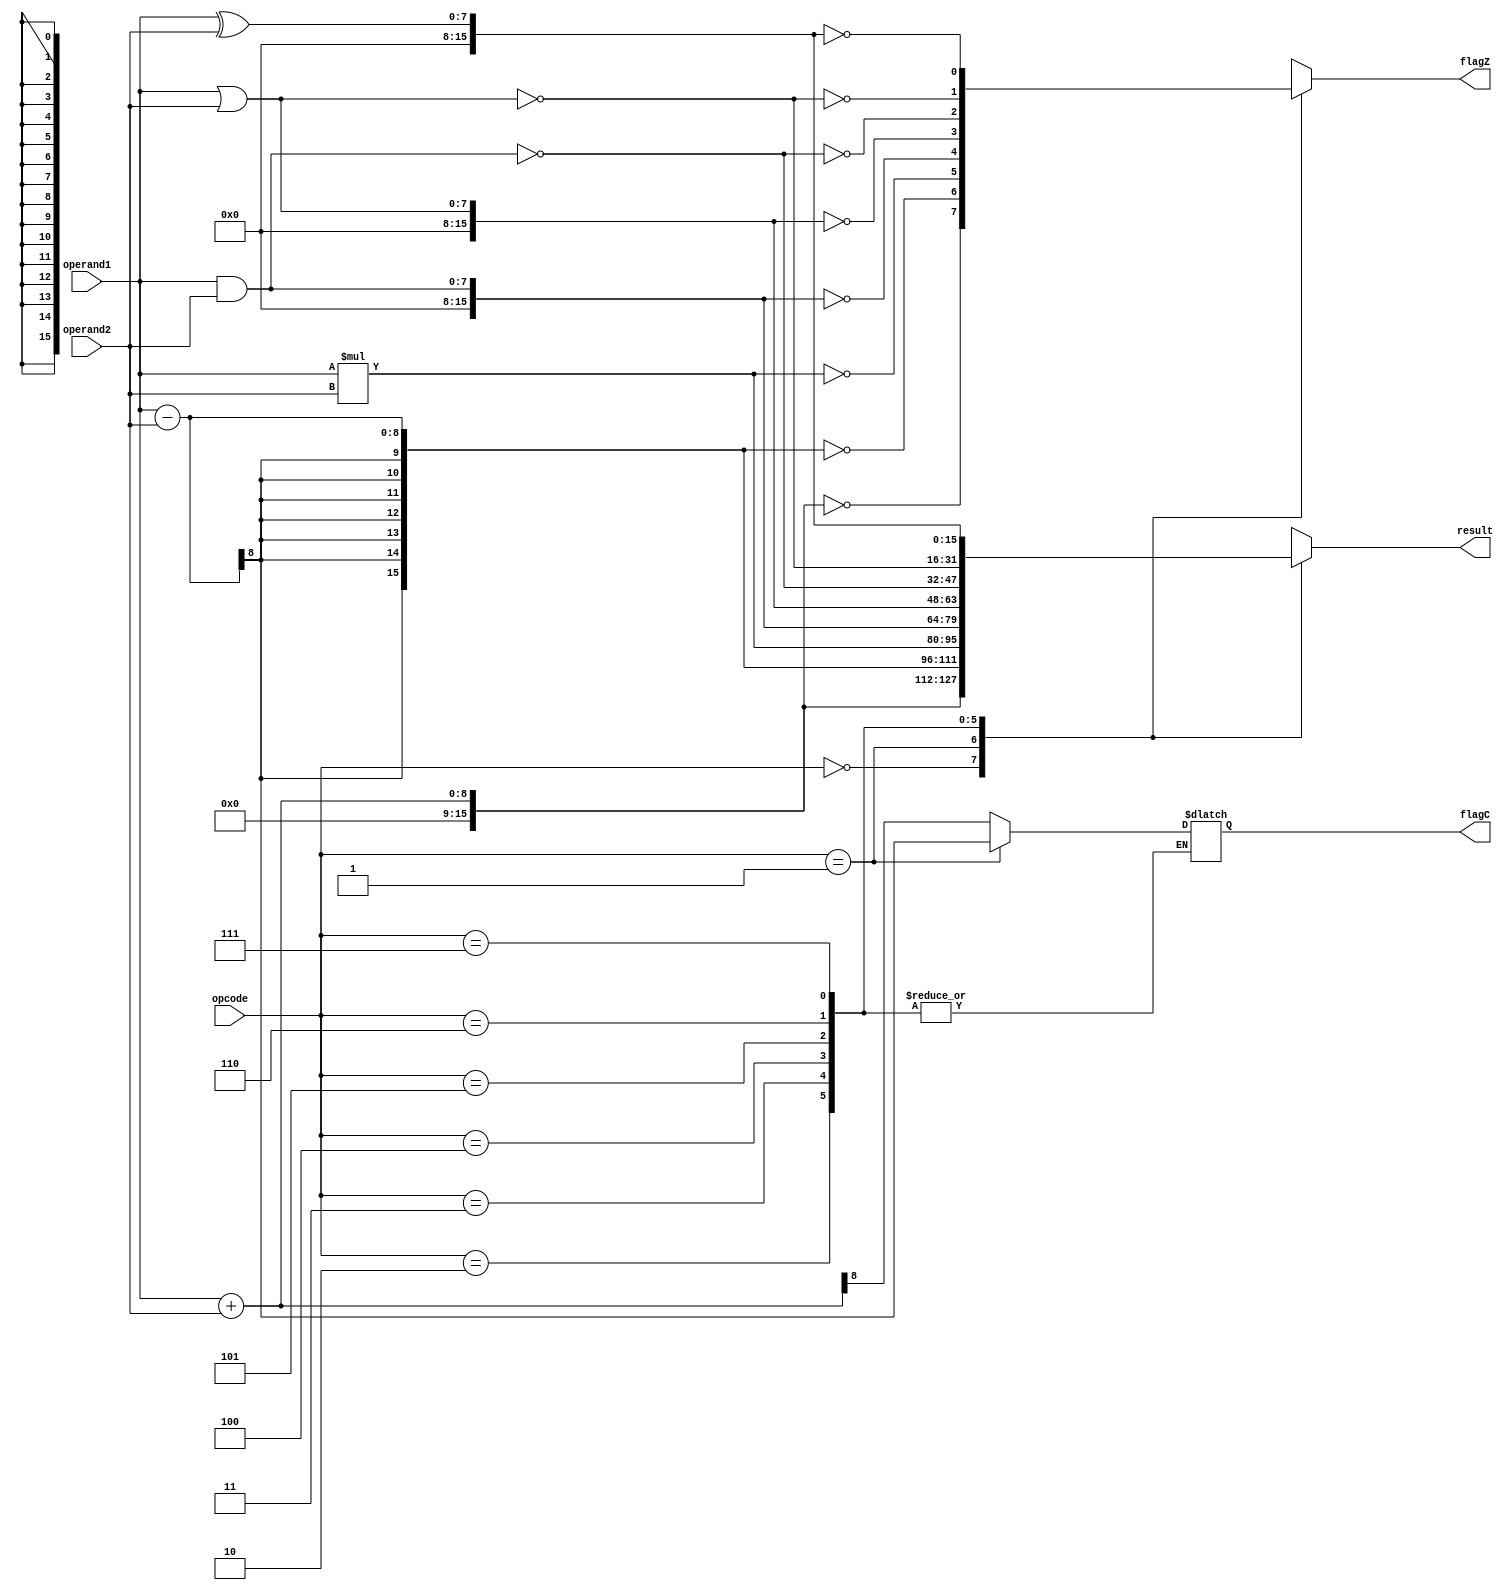
module ALU (opcode,operand1,operand2,result,flagC,flagZ);
input [2:0]opcode;
input[7:0]operand1,operand2;
output reg[15:0]result=16'b0;
output reg flagC = 1'b0,flagZ=1'b0;
parameter[2:0]ADD =3'b000,
SUB = 3'b001,
MUL =  3'b010,
AND =  3'b011,
OR =  3'b100,
NAND =  3'b101,
NOR =  3'b110,
XOR =  3'b111;
always@(opcode,operand1,operand2)
begin
case(opcode)
ADD:begin
result = operand1+operand2;
flagC = result[8];
flagZ = (result == 16'b0);
end
SUB:begin
result = operand1 - operand2;
flagC = result[8];
flagZ = (result == 16'b0);
end

MUL: begin
result = operand1*operand2;
flagZ = (result == 16'b0);
end

AND: begin
result = operand1&operand2;
flagZ = (result == 16'b0);
end

OR: begin
result = operand1|operand2;
flagZ = (result == 16'b0);
end
NAND: begin
result = ~(operand1&operand2);
flagZ = (result == 16'b0);
end
NOR: begin
result = ~(operand1|operand2);
flagZ = (result == 16'b0);
end
XOR: begin
result = operand1^operand2;
flagZ = (result == 16'b0);
end 
default:begin
result = 16'b0;
flagC = 1'b0;
flagZ = 1'b0;
end
endcase
end
endmodule